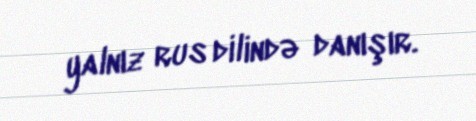
yalnız rus dilində danışır.